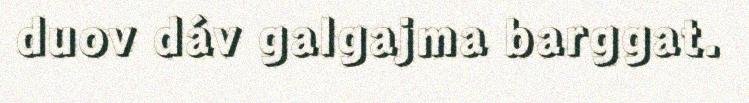
duov dáv galgajma barggat.